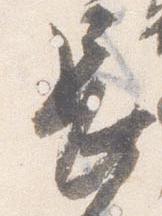
長